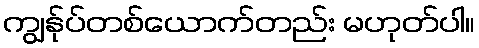
ကျွန်ုပ်တစ်ယောက်တည်း မဟုတ်ပါ။